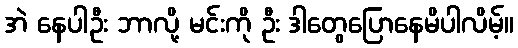
အဲ နေပါဦး ဘာလို့ မင်းကို ဦး ဒါတွေပြောနေမိပါလိမ့်။